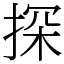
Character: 探